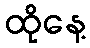
ထိုနေ့